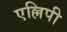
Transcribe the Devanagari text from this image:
एल्लिपी